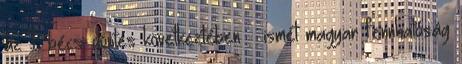
az I. bécsi döntés következtében – ismét magyar fennhatóság